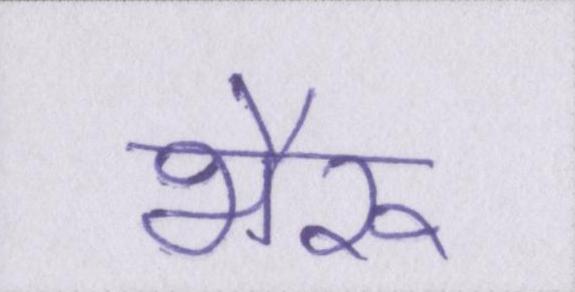
भैरू